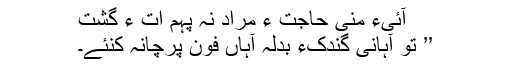
آئیءَ منی حاجت ءُ مراد نہ پہم اِت ءُ گُشت
’’ تو آہانی گِندُکءِ بدلہ آہاں فون پرچانہ کنئے۔